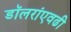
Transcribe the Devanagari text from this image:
डॉलरांएवढी